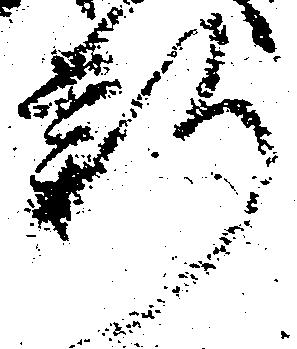
新